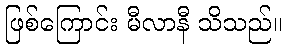
ဖြစ်ကြောင်း မီလာနီ သိသည်။